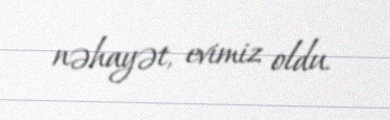
nəhayət, evimiz oldu.